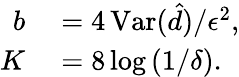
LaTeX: \begin{array}{rl}{b}&{{}=4\, \mathrm{Var}(\hat{d})/\epsilon^{2},}\\ {K}&{{}=8\log\left(1/\delta\right).}\end{array}